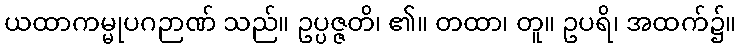
ယထာကမ္မုပဂဉာဏ် သည်။ ဥပ္ပဇ္ဇတိ၊ ၏။ တထာ၊ တူ။ ဥပရိ၊ အထက်၌။